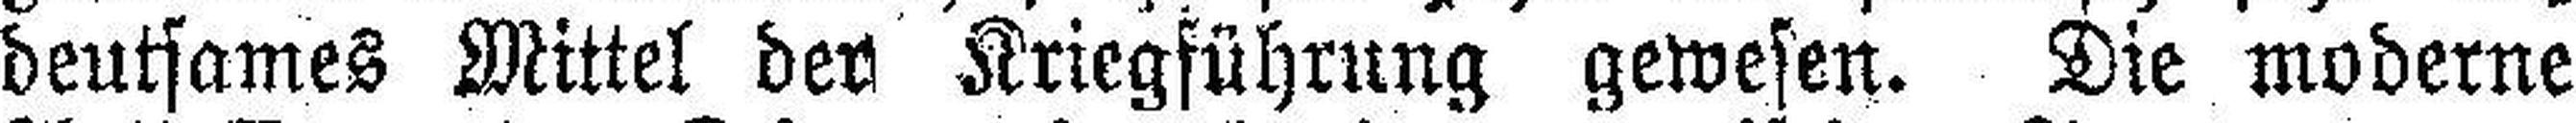
deutsames Mittel der Kriegführung gewesen. Die moderne